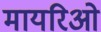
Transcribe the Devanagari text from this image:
मायरिओ